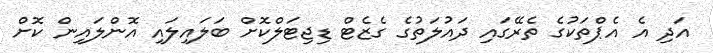
އަދި އެ އެޕްތަކުގެ ތެރޭގައި ދައުލަތުގެ ގެޒެޓް ޑިޖިޓަލްކޮށް ބަލައިލައި އޮންލައިން ކޮށް